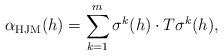
LaTeX: \begin{align*}\alpha_{\rm HJM}(h) = \sum_{k=1}^m \sigma^k(h) \cdot T \sigma^k(h),\end{align*}